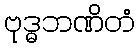
ဗုဒ္ဓဘဏိတံ